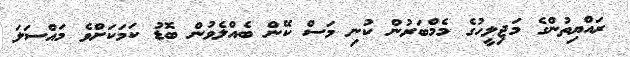
ރައްޔިތުންގެ މަޖިލީހުގެ މެމްބަރުން ކުނި މަސް ކޭން ބެއްލެވުން ބޮޑު ކަމަކަށްވެ މައްސަލަ